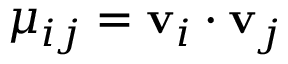
\mu _ { i j } = \mathbf { v } _ { i } \cdot \mathbf { v } _ { j }